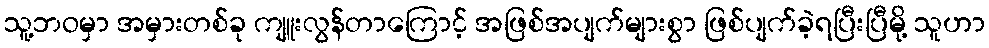
သူ့ဘဝမှာ အမှားတစ်ခု ကျူးလွန်တာကြောင့် အဖြစ်အပျက်များစွာ ဖြစ်ပျက်ခဲ့ရပြီးပြီမို့ သူဟာ